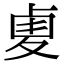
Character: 𠧺